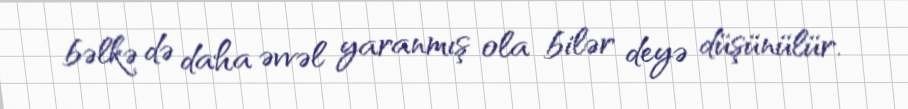
bəlkə də daha əvvəl yaranmış ola bilər deyə düşünülür.